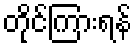
တိုင်ကြားရန်